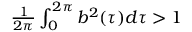
\begin{array} { r } { \frac { 1 } { 2 \pi } \int _ { 0 } ^ { 2 \pi } b ^ { 2 } ( \tau ) d \tau > 1 } \end{array}